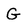
Character: G